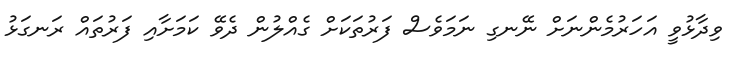
ވިދާޅުވީ އަހަރުމެންނަށް ނޭނގި ނަމަވެސް ފަރުތަކަށް ގެއްލުން ދެވޭ ކަމަށާއި ފަރުތައް ރަނގަޅު